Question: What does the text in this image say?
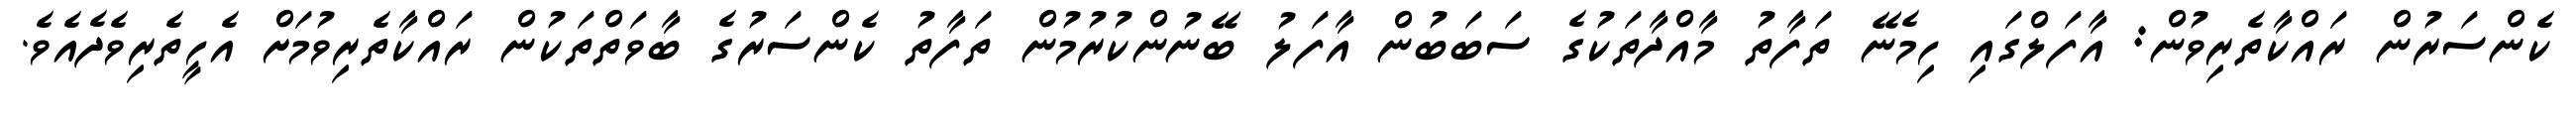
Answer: ކެންސަރުން ރައްކާތެރިވުން: އާފަލްގައި ހިމެނޭ ތަފާތު މާއްދާތަކުގެ ސަބަބުން އާފަލު ބޭނުންކުރުމުން ތަފާތު ކެންސަރުގެ ބާވަތްތަކުން ރައްކާތެރިވުމަށް އެހީތެރިވެދެއެވެ.